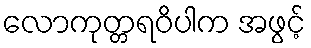
လောကုတ္တရဝိပါက အဖွင့်